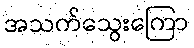
အသက်သွေးကြော